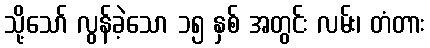
သို့သော် လွန်ခဲ့သော ၁၅ နှစ် အတွင်း လမ်း၊ တံတား